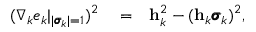
\begin{array} { r l r } { ( \nabla _ { k } e _ { k } | _ { | \pmb { \sigma } _ { k } | = 1 } ) ^ { 2 } } & { { } = } & { \mathbf h _ { k } ^ { 2 } - ( \mathbf h _ { k } \pmb { \sigma } _ { k } ) ^ { 2 } , } \end{array}